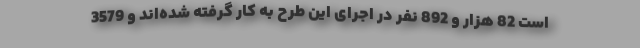
است 82 هزار و 892 نفر در اجرای این طرح به کار گرفته شده‌اند و 3579